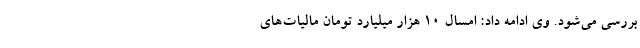
بررسی می‌شود. وی ادامه داد: امسال ۱۰ هزار میلیارد تومان مالیات‌های